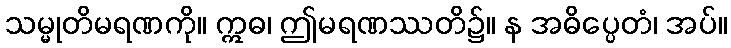
သမ္မုတိမရဏကို။ ဣဓ၊ ဤမရဏဿတိ၌။ န အဓိပ္ပေတံ၊ အပ်။